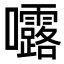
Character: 𭍆